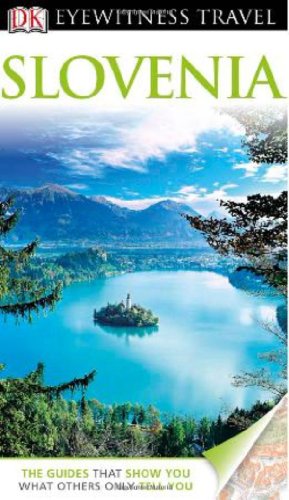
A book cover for DK Eyewitness Travel Guide: Slovenia; DK Publishing; Travel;